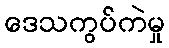
ဒေသကွပ်ကဲမှု